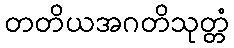
တတိယအဂတိသုတ္တံ